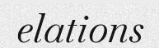
elations